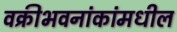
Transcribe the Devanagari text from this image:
वक्रीभवनांकांमधील